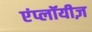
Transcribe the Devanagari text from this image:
एंप्लॉयीज़